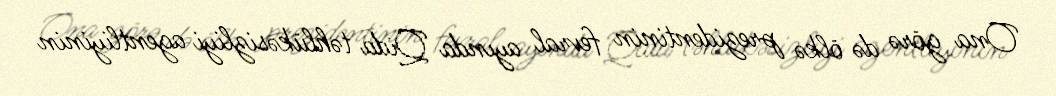
Ona görə də ölkə prezidentinin fevral ayında Qida təhlükəsizliyi agentliyinin